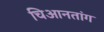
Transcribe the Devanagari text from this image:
चिआनतांग